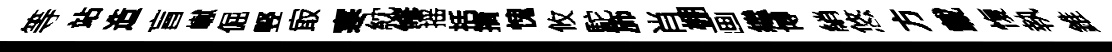
等站造盲𪩘倔竪㝡寒紞修摇括摘愧攸駝斾肖棚画繼博綃悠方載愎執錐